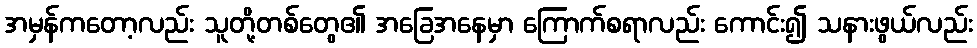
အမှန်ကတော့လည်း သူတို့တစ်တွေ၏ အခြေအနေမှာ ကြောက်စရာလည်း ကောင်း၍ သနားဖွယ်လည်း